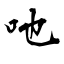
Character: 吔